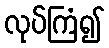
လုပ်ကြံ၍